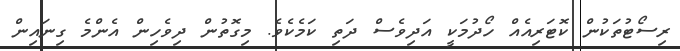
ރިސޯޓުތަކުން ކޮޓަރިއެއް ހޯދުމަކީ އަދިވެސް ދަތި ކަމެކެވެ. މިގޮތުން ދިވެހިން އެންމެ ގިނައިން